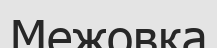
Межовка